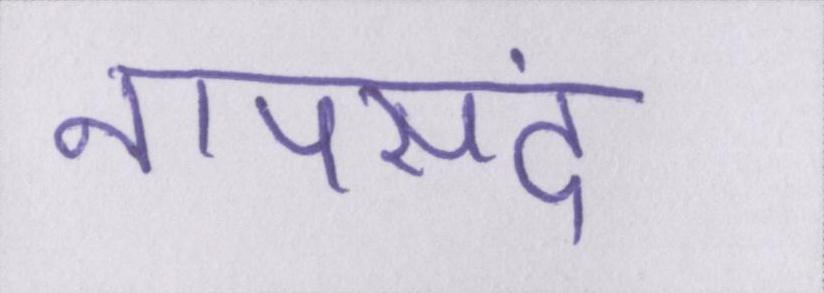
नापसंद